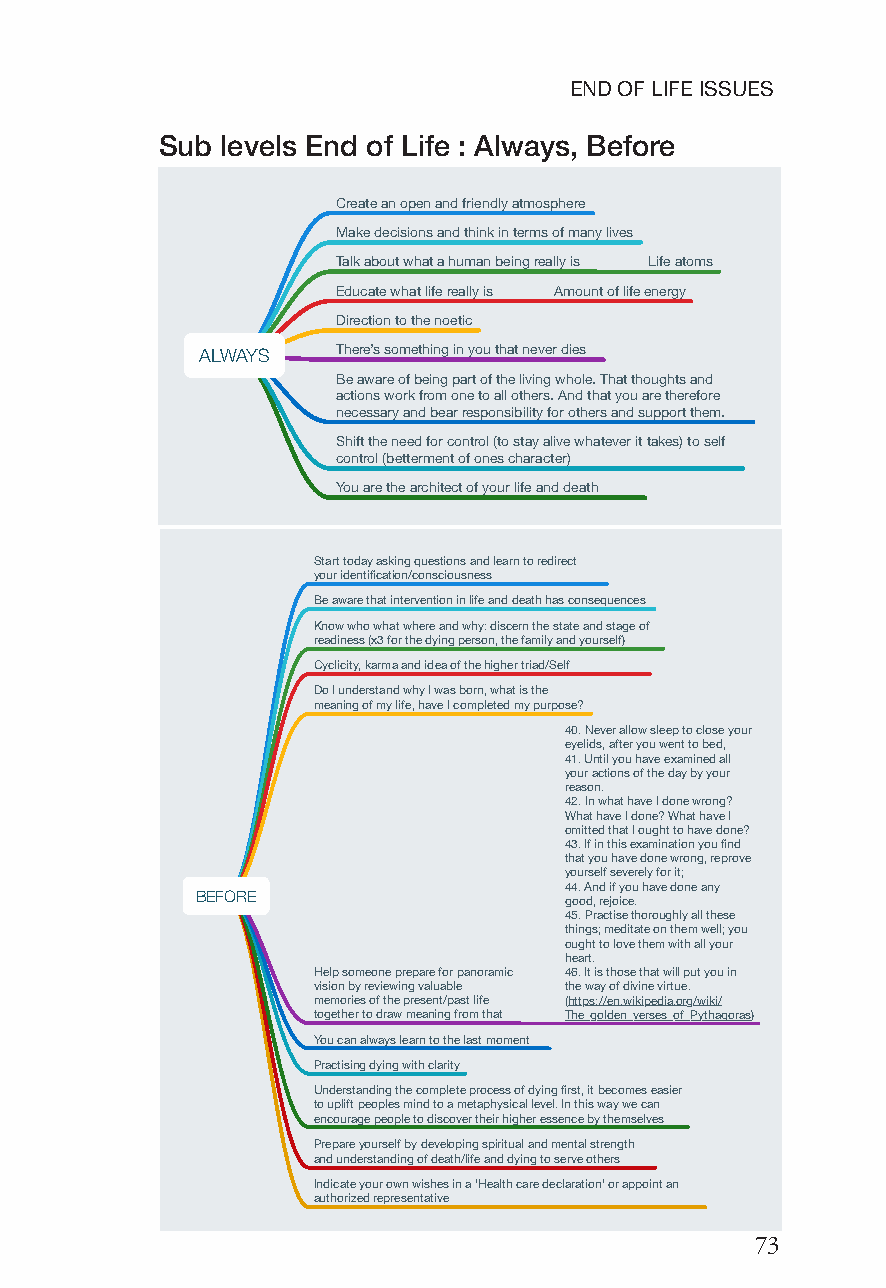
ENDOFLIFEISSUES
 Sub levels End of Life : Always, Before
 Create an open and friendly atmosphere
 Make decisions and think in terms of many lives
 Talk about what a human being really is Life atoms
 Educate what life really is Amount of life energy
 Direction to the noetic
 ALWAYS   There’s something in you that never dies
 Be aware of being part of the living whole. That thoughts and
 actions work from one to all others. And that you are therefore
 necessary and bear responsibility for others and support them.
 Shift the need for control (to stay alive whatever it takes) to self
 control (betterment of ones character)
 You are the architect of your life and death
 Start today asking questions and learn to redirect
 your identification/consciousness
 Be aware that intervention in life and death has consequences
 Know who what where and why: discern the state and stage of
 readiness (x3 for the dying person, the family and yourself)
 Cyclicity, karma and idea of the higher triad/Self
 Do I understand why I was born, what is the
 meaning of my life, have I completed my purpose?
 40. Never allow sleep to close your
 eyelids, after you went to bed,
 41. Until you have examined all
 your actions of the day by your
 reason.
 42. In what have I done wrong?
 What have I done? What have I
 omitted that I ought to have done?
 43. If in this examination you find
 that you have done wrong, reprove
 yourself severely for it;
 44. And if you have done any
 BEFORE
 good, rejoice.
 45. Practise thoroughly all these
 things; meditate on them well; you
 ought to love them with all your
 heart.
 Help someone prepare for panoramic 46. It is those that will put you in
 vision by reviewing valuable the way of divine virtue.
 memories of the present/past life (https://en.wikipedia.org/wiki/
 together to draw meaning from that The_golden_verses_of_Pythagoras)
 You can always learn to the last moment
 Practising dying with clarity
 Understanding the complete process of dying first, it becomes easier
 to uplift peoples mind to a metaphysical level. In this way we can
 encourage people to discover their higher essence by themselves
 Prepare yourself by developing spiritual and mental strength
 and understanding of death/life and dying to serve others
 Indicate your own wishes in a ‘Health care declaration’ or appoint an
 authorized representative
 73